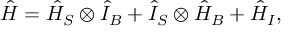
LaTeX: { \hat { H } } = { \hat { H } } _ { S } \otimes { \hat { I } } _ { B } + { \hat { I } } _ { S } \otimes { \hat { H } } _ { B } + { \hat { H } } _ { I } ,